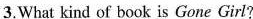
3.What kind of book is Gone Girl?